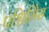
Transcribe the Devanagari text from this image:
पश्चिमिेस